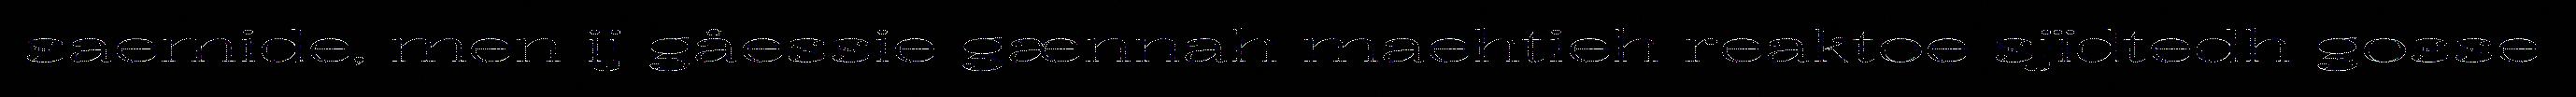
saemide, men ij gåessie gænnah maehtieh reaktoe sjïdtedh gosse